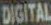
DIGITAL